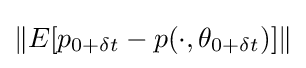
\|E[p_{0+\delta t}-p(\cdot ,\theta _{0+\delta t})]\|